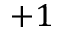
+ 1